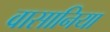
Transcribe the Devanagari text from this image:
वासानिया